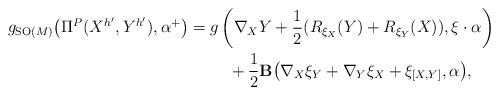
LaTeX: \begin{gather*}g_{{\rm SO}(M)}\big(\Pi^P(X^{h'},Y^{h'}),\alpha^{+}\big) =g\left(\nabla_XY+\frac{1}{2}(R_{\xi_X}(Y)+R_{\xi_Y}(X)),\xi\cdot\alpha\right)\\\hphantom{g_{{\rm SO}(M)}\big(\Pi^P(X^{h'},Y^{h'}),\alpha^{+}\big) =}{}+\frac{1}{2}{\bf B}\big(\nabla_X\xi_Y+\nabla_Y\xi_X+\xi_{[X,Y]},\alpha\big),\end{gather*}